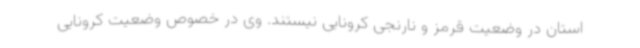
استان در وضعیت قرمز و نارنجی کرونایی نیستند. وی در خصوص وضعیت کرونایی